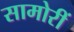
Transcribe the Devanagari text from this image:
सामोरीं